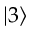
\vert 3 \rangle